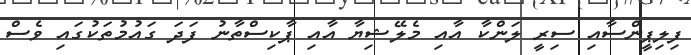
ފިލިޕީންސާއި ސިރީ ލަންކާ އާއި މެލޭޝިޔާ އާއި ޕާކިސްތާނު ފަދަ ގައުމުތަކުގައި ވެސް